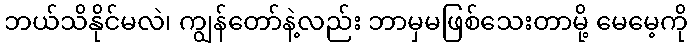
ဘယ်သိနိုင်မလဲ၊ ကျွန်တော်နဲ့လည်း ဘာမှမဖြစ်သေးတာမို့ မေမေ့ကို